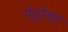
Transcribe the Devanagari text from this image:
पेड्रोचा